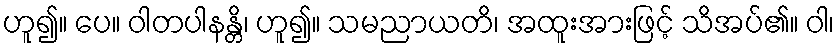
ဟူ၍။ ပေ။ ဝါတပါနန္တိ၊ ဟူ၍။ သမညာယတိ၊ အထူးအားဖြင့် သိအပ်၏။ ဝါ၊